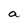
Character: a